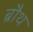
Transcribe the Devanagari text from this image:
ब्रौथ